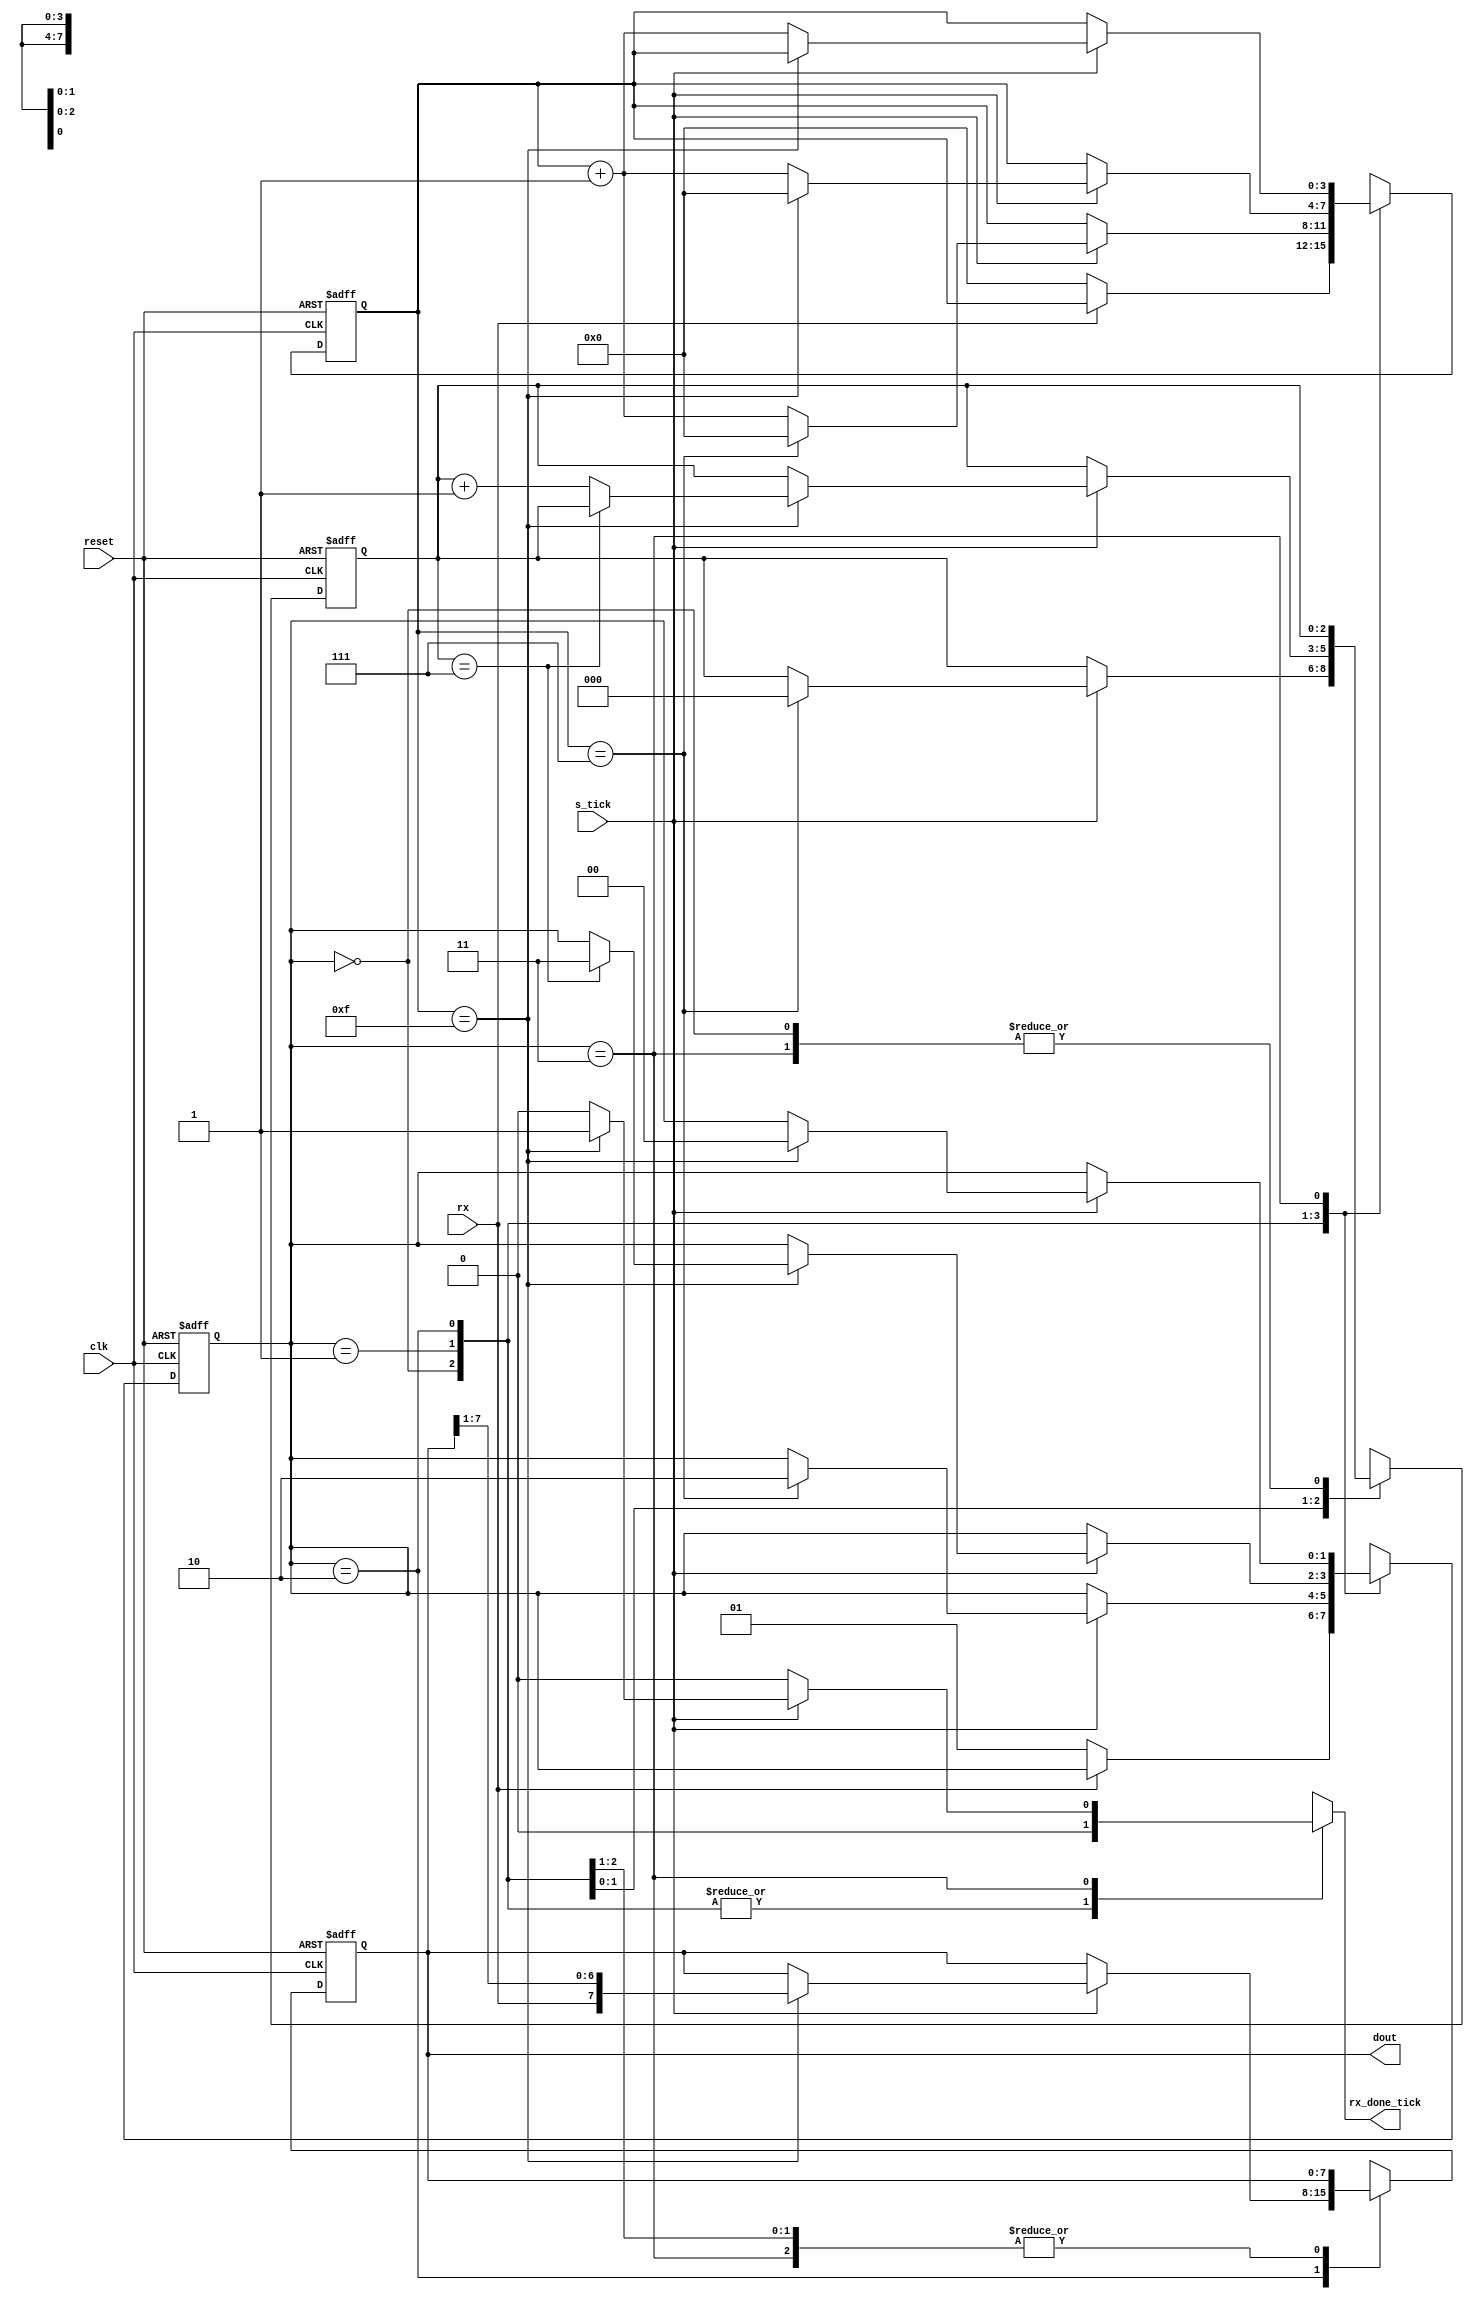
/* Module: uart_rx
   Description: UART receiver
   Inputs: clk - Clock signal; reset - Reset signal; rx - Receive data; s_tick - Tick signal
   Outputs: rx_done_tick - Receive done tick; dout - Output data
*/
module uart_rx #(
    parameter DBIT = 8,     // Number of data bits
    parameter SB_TICK = 16  // Number of ticks for stop bits
) (
    input            clk,
    input            reset,
    input            rx,
    input            s_tick,
    output reg       rx_done_tick,
    output     [7:0] dout
);

    // FSM state type
    localparam IDLE  = 2'b00;
    localparam START = 2'b01;
    localparam DATA  = 2'b10;
    localparam STOP  = 2'b11;

    // State register
    reg [1:0] state_reg, state_next;

    // Signal declaration
    reg [3:0] s_reg, s_next;
    reg [2:0] n_reg, n_next;
    reg [7:0] b_reg, b_next;

    // FSMD state & data registers
   always @(posedge clk , negedge reset) begin
      if (~reset) begin
            state_reg <= IDLE;
            s_reg <= 4'b0;
            n_reg <= 3'b0;
            b_reg <= 8'b0;
      end else begin
            state_reg <= state_next;
            s_reg <= s_next;
            n_reg <= n_next;
            b_reg <= b_next;
        end
    end

    // FSMD next-state logic
    always @* begin
        state_next = state_reg;
        rx_done_tick = 1'b0;
        s_next = s_reg;
        n_next = n_reg;
        b_next = b_reg;

        case (state_reg)
            IDLE: begin
                if (~rx) begin
                    state_next = START;
                    s_next = 4'b0;
                end
            end
            START: begin
                if (s_tick) begin
                    if (s_reg == 7) begin
                        state_next = DATA;
                        s_next = 0;
                        n_next = 0;
                    end else
                        s_next = s_reg + 1;
                end
            end
            DATA: begin
                if (s_tick) begin
                    if (s_reg == 15) begin
                        s_next = 0;
                        b_next = {rx, b_reg[7:1]};
                        if (n_reg == (DBIT-1))
                            state_next = STOP;
                        else
                            n_next = n_reg + 1;
                    end else
                        s_next = s_reg + 1;
                end
            end
            STOP: begin
                if (s_tick) begin
                    if (s_reg == (SB_TICK-1)) begin
                        state_next = IDLE;
                        rx_done_tick = 1'b1;
                    end else
                        s_next = s_reg + 1;
                end
            end
        endcase
    end

    // Output
    assign dout = b_reg;

endmodule